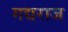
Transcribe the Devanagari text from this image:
गद्यराज